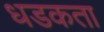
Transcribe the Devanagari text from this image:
धडकता